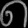
Digit: ၈